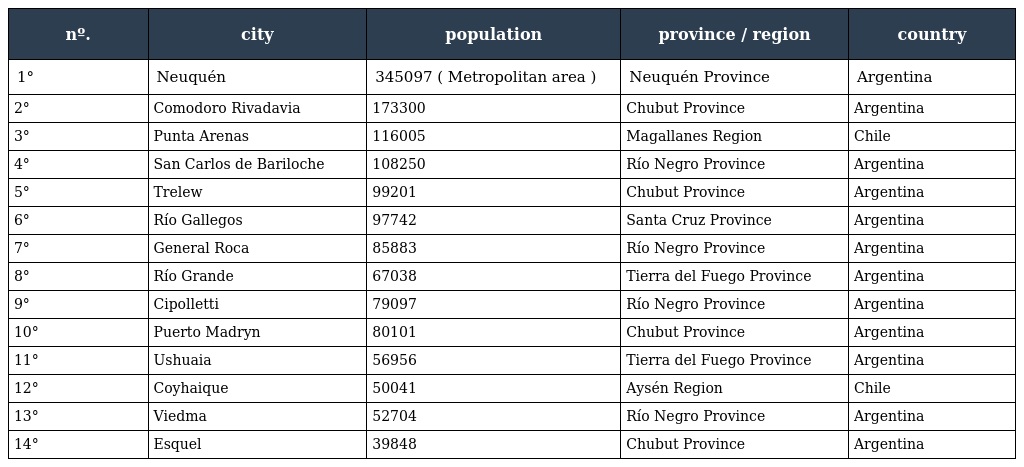
| nº. | city | population | province / region | country |
 | --- | --- | --- | --- | --- |
 | 1° | Neuquén | 345097 ( Metropolitan area ) | Neuquén Province | Argentina |
 | 2° | Comodoro Rivadavia | 173300 | Chubut Province | Argentina |
 | 3° | Punta Arenas | 116005 | Magallanes Region | Chile |
 | 4° | San Carlos de Bariloche | 108250 | Río Negro Province | Argentina |
 | 5° | Trelew | 99201 | Chubut Province | Argentina |
 | 6° | Río Gallegos | 97742 | Santa Cruz Province | Argentina |
 | 7° | General Roca | 85883 | Río Negro Province | Argentina |
 | 8° | Río Grande | 67038 | Tierra del Fuego Province | Argentina |
 | 9° | Cipolletti | 79097 | Río Negro Province | Argentina |
 | 10° | Puerto Madryn | 80101 | Chubut Province | Argentina |
 | 11° | Ushuaia | 56956 | Tierra del Fuego Province | Argentina |
 | 12° | Coyhaique | 50041 | Aysén Region | Chile |
 | 13° | Viedma | 52704 | Río Negro Province | Argentina |
 | 14° | Esquel | 39848 | Chubut Province | Argentina |